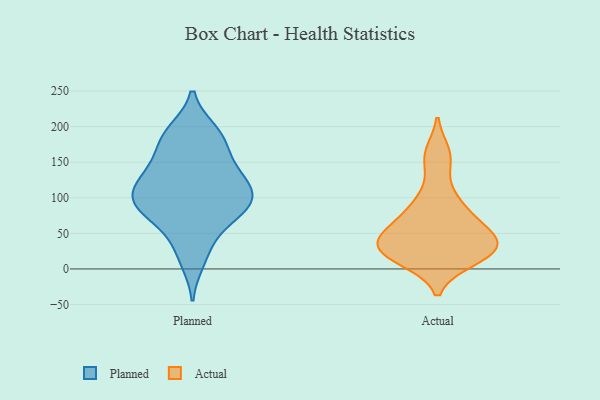
{"axis": {"x": "Net Income (USD K)", "y": "Value"}, "legend": ["Actual", "Planned"], "data": [{"x": "", "y": 96, "type": "Planned"}, {"x": "", "y": 124, "type": "Planned"}, {"x": "", "y": 193, "type": "Planned"}, {"x": "", "y": 109, "type": "Planned"}, {"x": "", "y": 92, "type": "Planned"}, {"x": "", "y": 31, "type": "Planned"}, {"x": "", "y": 129, "type": "Planned"}, {"x": "", "y": 179, "type": "Planned"}, {"x": "", "y": 148, "type": "Planned"}, {"x": "", "y": 177, "type": "Planned"}, {"x": "", "y": 12, "type": "Planned"}, {"x": "", "y": 192, "type": "Planned"}, {"x": "", "y": 63, "type": "Planned"}, {"x": "", "y": 107, "type": "Planned"}, {"x": "", "y": 86, "type": "Planned"}, {"x": "", "y": 81, "type": "Planned"}, {"x": "", "y": 143, "type": "Planned"}, {"x": "", "y": 112, "type": "Planned"}, {"x": "", "y": 78, "type": "Planned"}, {"x": "", "y": 61, "type": "Actual"}, {"x": "", "y": 24, "type": "Actual"}, {"x": "", "y": 154, "type": "Actual"}, {"x": "", "y": 37, "type": "Actual"}, {"x": "", "y": 36, "type": "Actual"}, {"x": "", "y": 91, "type": "Actual"}, {"x": "", "y": 15, "type": "Actual"}, {"x": "", "y": 28, "type": "Actual"}, {"x": "", "y": 13, "type": "Actual"}, {"x": "", "y": 38, "type": "Actual"}, {"x": "", "y": 42, "type": "Actual"}, {"x": "", "y": 72, "type": "Actual"}, {"x": "", "y": 63, "type": "Actual"}, {"x": "", "y": 162, "type": "Actual"}, {"x": "", "y": 103, "type": "Actual"}, {"x": "", "y": 22, "type": "Actual"}]}